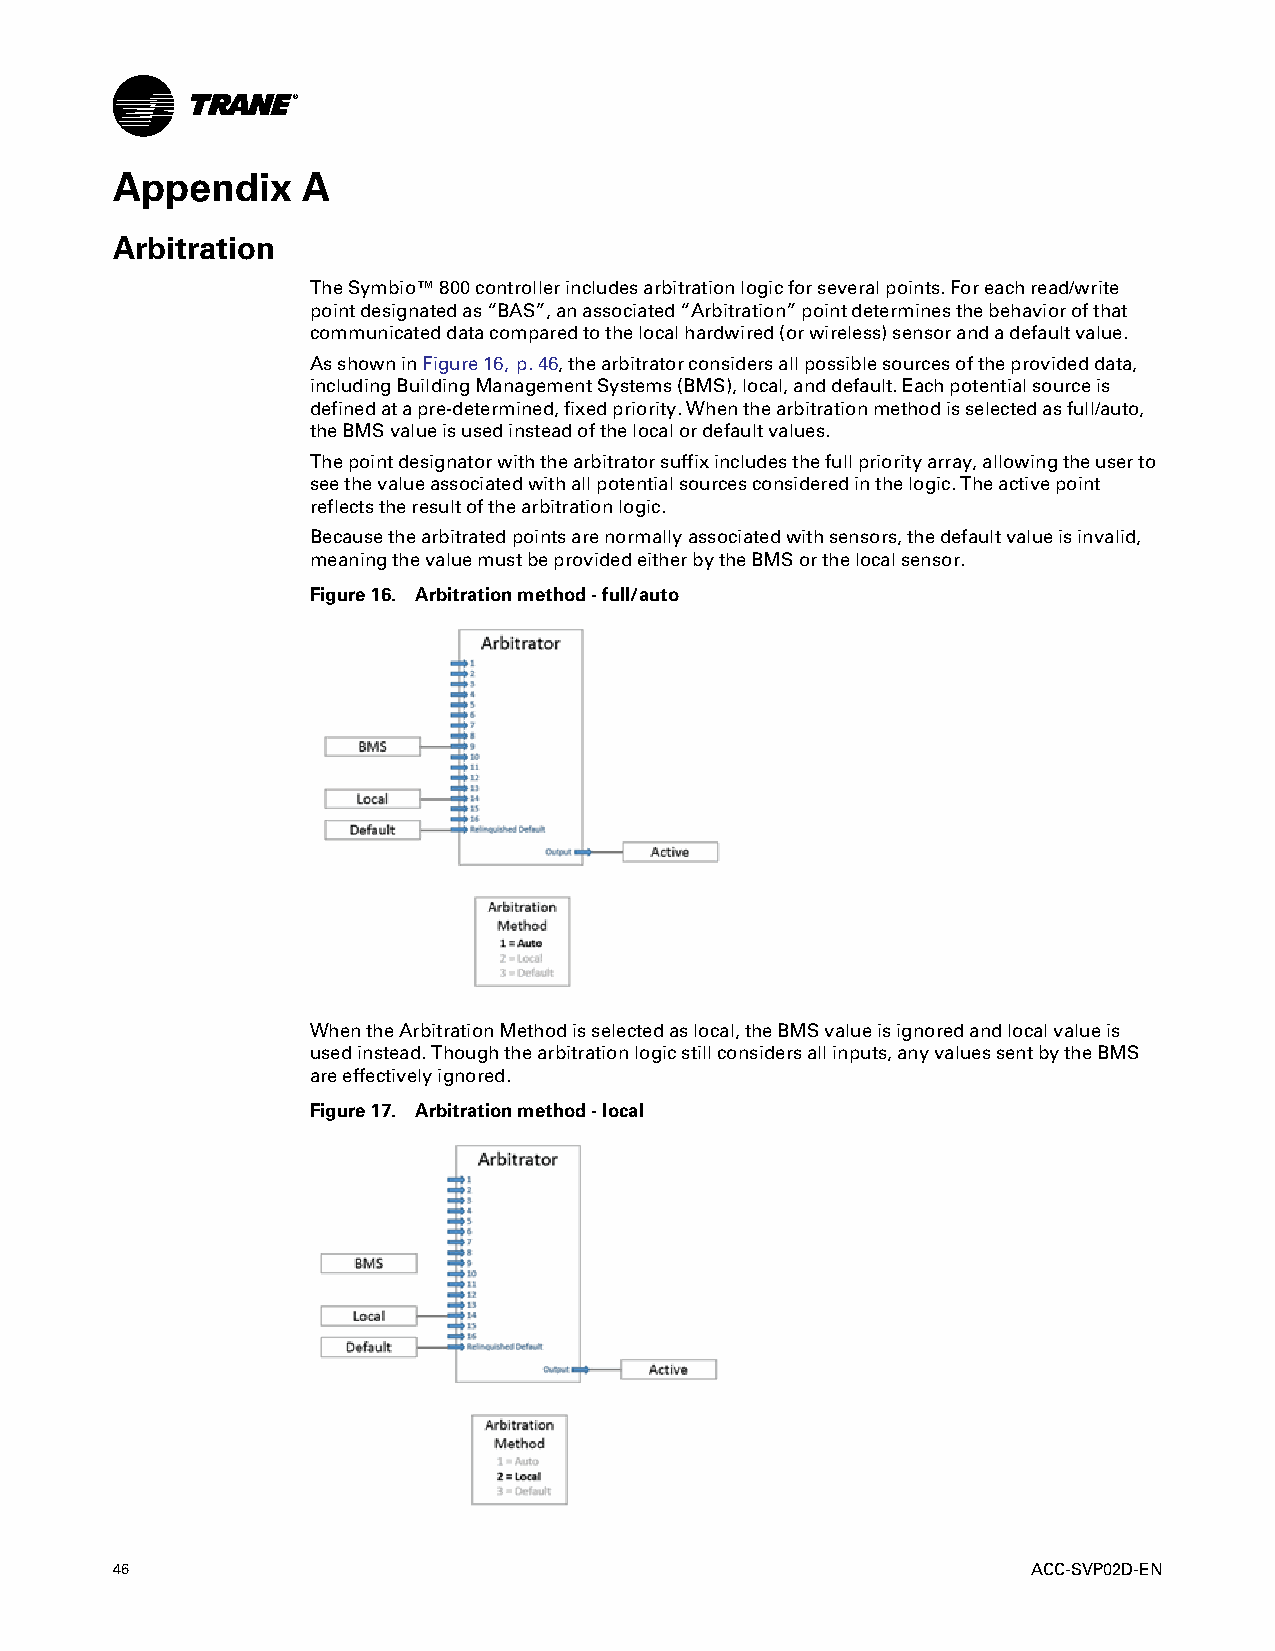
Appendix     A
 Arbitration
 TheSymbio™800controllerincludesarbitrationlogicforseveralpoints.Foreachread/write
 pointdesignatedas“BAS”,anassociated“Arbitration”pointdeterminesthebehaviorofthat
 communicateddatacomparedtothelocalhardwired(orwireless)sensorandadefaultvalue.
 AsshowninFigure16, p.46,thearbitratorconsidersallpossiblesourcesoftheprovideddata,
 includingBuildingManagementSystems(BMS),local,anddefault.Eachpotentialsourceis
 definedatapre-determined,fixedpriority.Whenthearbitrationmethodisselectedasfull/auto,
 theBMSvalueisusedinsteadofthelocalordefaultvalues.
 Thepointdesignatorwiththearbitratorsuffixincludesthefullpriorityarray,allowingtheuserto
 seethevalueassociatedwithallpotentialsourcesconsideredinthelogic.Theactivepoint
 reflectstheresultofthearbitrationlogic.
 Becausethearbitratedpointsarenormallyassociatedwithsensors,thedefaultvalueisinvalid,
 meaningthevaluemustbeprovidedeitherbytheBMSorthelocalsensor.
 Figure16. Arbitrationmethod-full/auto
 WhentheArbitrationMethodisselectedaslocal,theBMSvalueisignoredandlocalvalueis
 usedinstead.Thoughthearbitrationlogicstillconsidersallinputs,anyvaluessentbytheBMS
 areeffectivelyignored.
 Figure17. Arbitrationmethod-local
 46                                                           ACC-SVP02D-EN